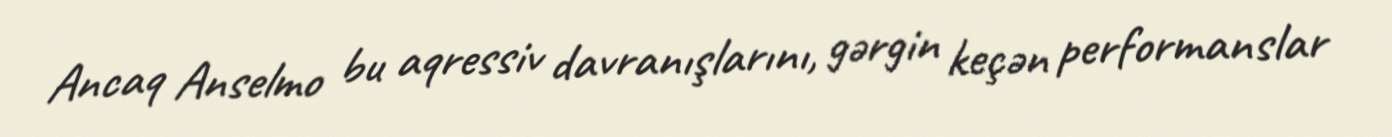
Ancaq Anselmo bu aqressiv davranışlarını, gərgin keçən performanslar